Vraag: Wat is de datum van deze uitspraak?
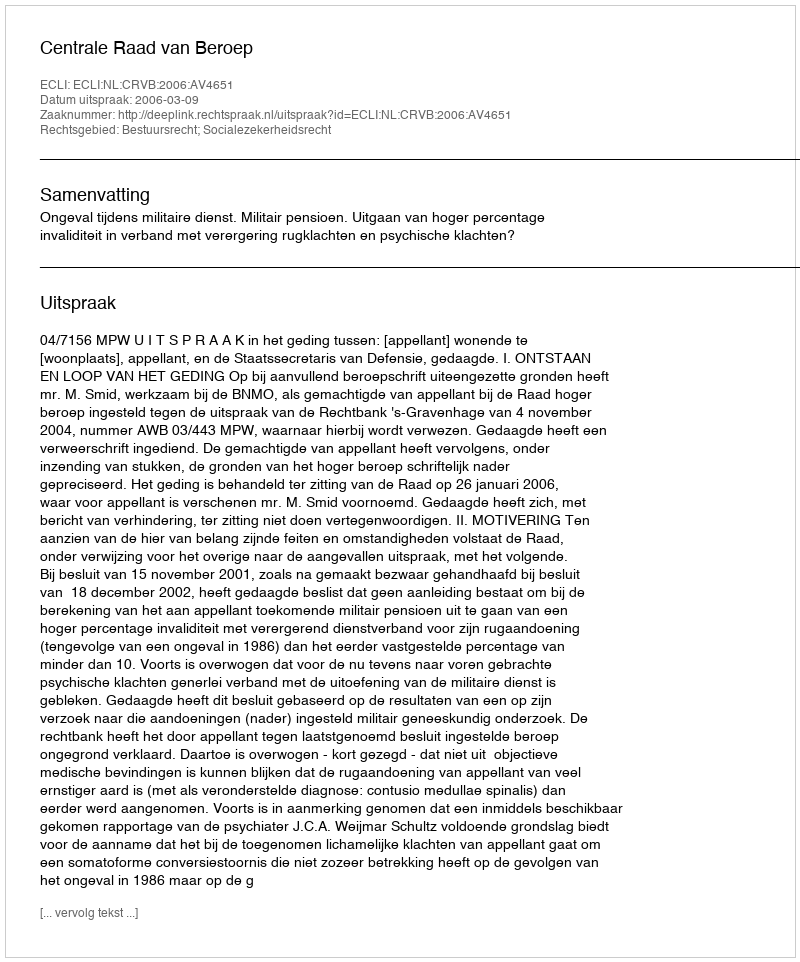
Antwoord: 2006-03-09